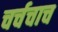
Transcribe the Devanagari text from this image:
चर्चचाच